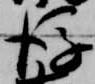
後